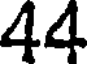
44